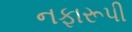
નફારૂપી